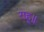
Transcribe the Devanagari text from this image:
राहू॥